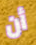
أن